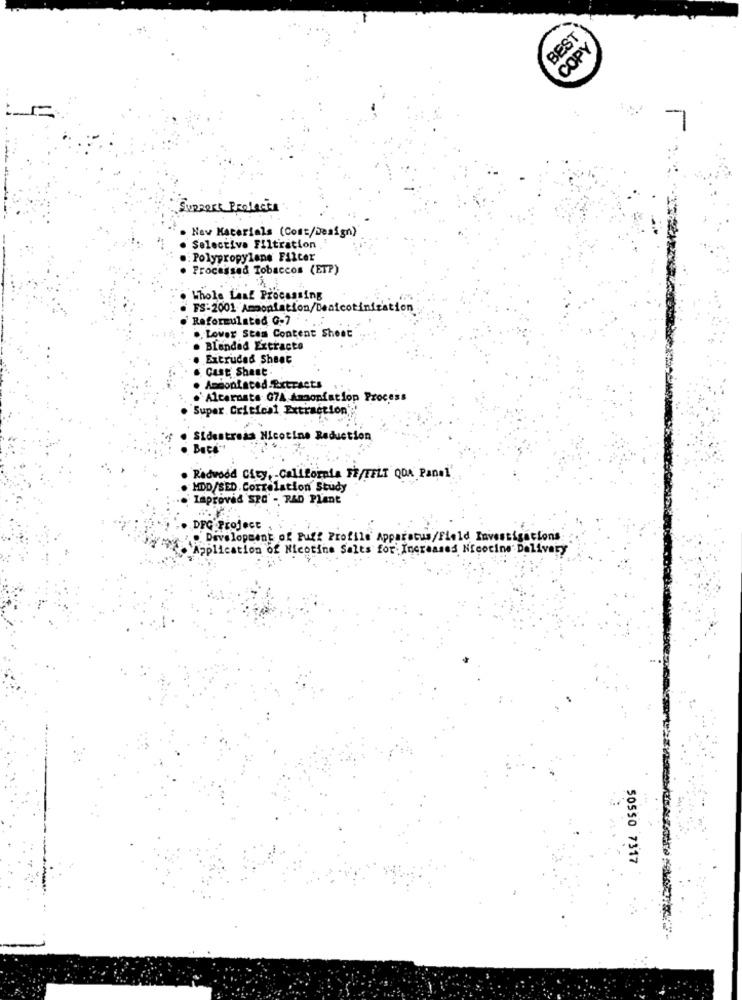
BEST
COPY
SURRERE Projects
New Materials (Cost/Design)
Selective Filtration
: Polypropylene Filter
Processed Tobaccos (ETP)
. Whole Laaf Processing
. FS:2001 Ammontation/Deaicotiniration
Reformulated G-7 . ..
.. Lower Stem Content Shoot
. Blended Extracto
. Extruded Sheet
. Cast Shast.
. Apcontated Extracts
.Alternate G7A Amonfatiop Process
Super Critical Extraction'
Sidestreas Nicotine Reduction
. Back"
Redwood City, California FE/FELT ODA Panel.
MDD/SED. Correlation Study
Iaprovid 'SPO' - RAD Plant
DFG Project
.. Development of Puff Profile Apparatus/Field Investigations
Application of Nicotine Salts for Increased Nicotine Delivery
50550 7317